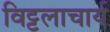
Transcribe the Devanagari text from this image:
विट्टलाचार्य